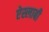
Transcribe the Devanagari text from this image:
ऐस्लाबी